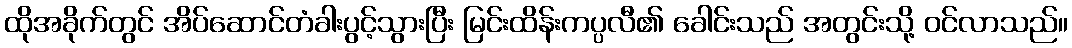
ထိုအခိုက်တွင် အိပ်ဆောင်တံခါးပွင့်သွားပြီး မြင်းထိန်းကပ္ပလီ၏ ခေါင်းသည် အတွင်းသို့ ဝင်လာသည်။